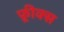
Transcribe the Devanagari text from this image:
फ़्रीक्स